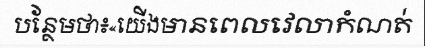
បន្ថែមថា៖«យើងមានពេលវេលាកំណត់